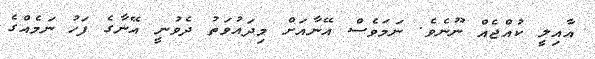
އާއިލީ ކުއްޖެއް ނޫނެވެ. ނަމަވެސް އޭނާއަށް މިދައުވަތު ދެވުނީ އޭނާގެ ފަހު ނަމެއްގެ